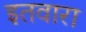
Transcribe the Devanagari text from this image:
इतवारा